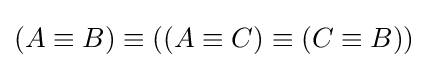
(A\equiv B)\equiv ((A\equiv C)\equiv (C\equiv B))